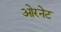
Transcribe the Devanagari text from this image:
ओरनेट